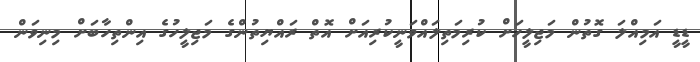
ޑީޑީ އަމިއްލަ ގޮތުން މަޖިލީހަށް ކުރިމަތިލައްވަނީކުރިއަށް އޮތް ރައްޔިތުންގެ މަޖިލީހުގެ އިންތިހާބަށް މިނިވަން